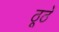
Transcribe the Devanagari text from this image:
ठूठें